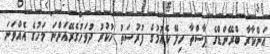
އަންކާރާ ބްރޭންޑްގެ ޕާސްތާ ހިލޭ ކެއުމުގެ ފުރުސަތު ހުކުރު ދުވަހުގެރޭއަންނަ މަހުގެ އެއްވަނަ